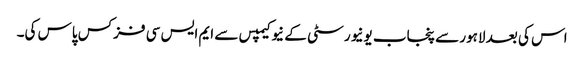
اس کی بعد لاہور سے پنجاب یونیورسٹی کے نیو کیمپس سے ایم ایس سی فزکس پاس کی۔